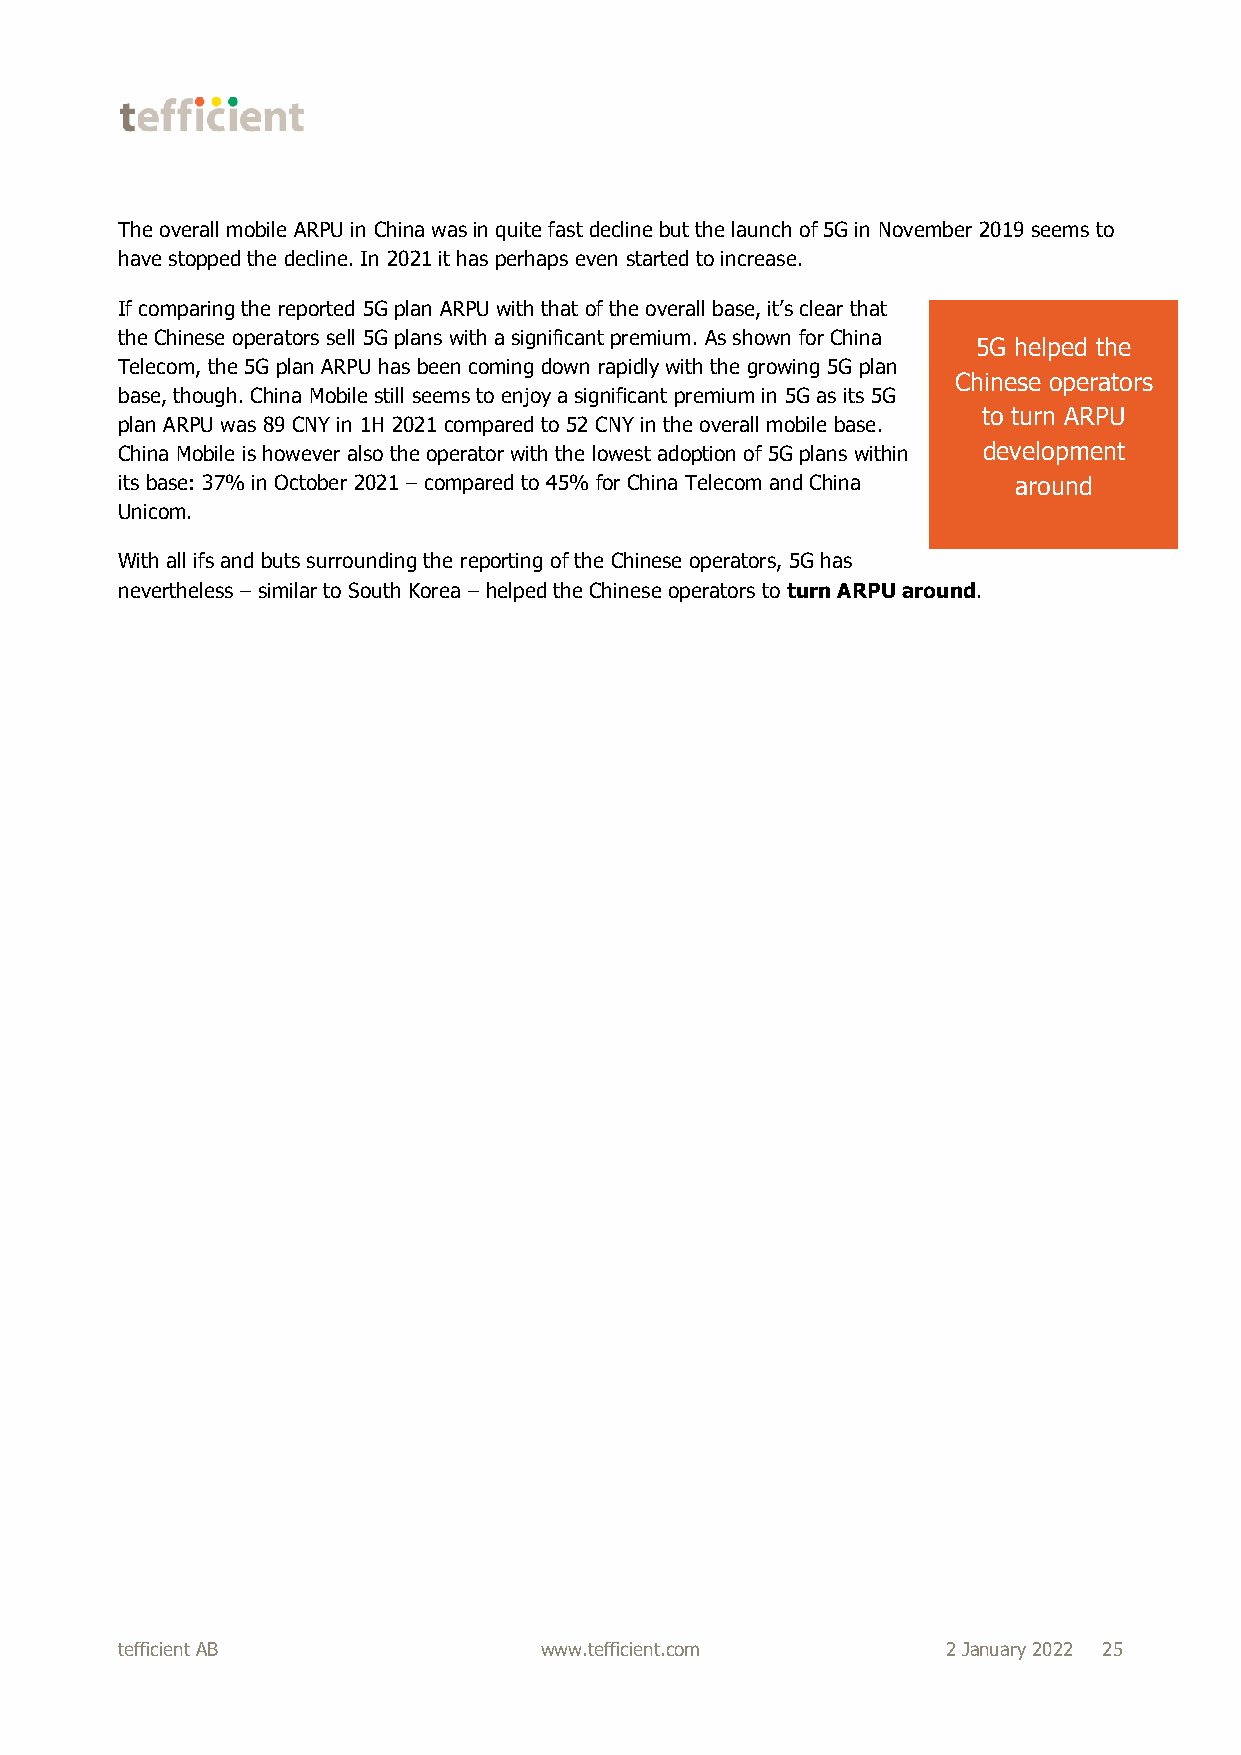
The overall mobile ARPU in China was in quite fast decline but the launch of 5G in November 2019 seems to
 have stopped the decline. In 2021 it has perhaps even started to increase.
 If comparing the reported 5G plan ARPU with that of the overall base, it’s clear that
 the Chinese operators sell 5G plans with a significant premium. As shown for China
 5G helped the
 Telecom, the 5G plan ARPU has been coming down rapidly with the growing 5G plan
 Chinese operators
 base, though. China Mobile still seems to enjoy a significant premium in 5G as its 5G
 to turn ARPU
 plan ARPU was 89 CNY in 1H 2021 compared to 52 CNY in the overall mobile base.
 China Mobile is however also the operator with the lowest adoption of 5G plans within development
 its base: 37% in October 2021 – compared to 45% for China Telecom and China around
 Unicom.
 With all ifs and buts surrounding the reporting of the Chinese operators, 5G has
 nevertheless – similar to South Korea – helped the Chinese operators to turn ARPU around.
 tefficient AB               www.tefficient.com         2 January 2022 25